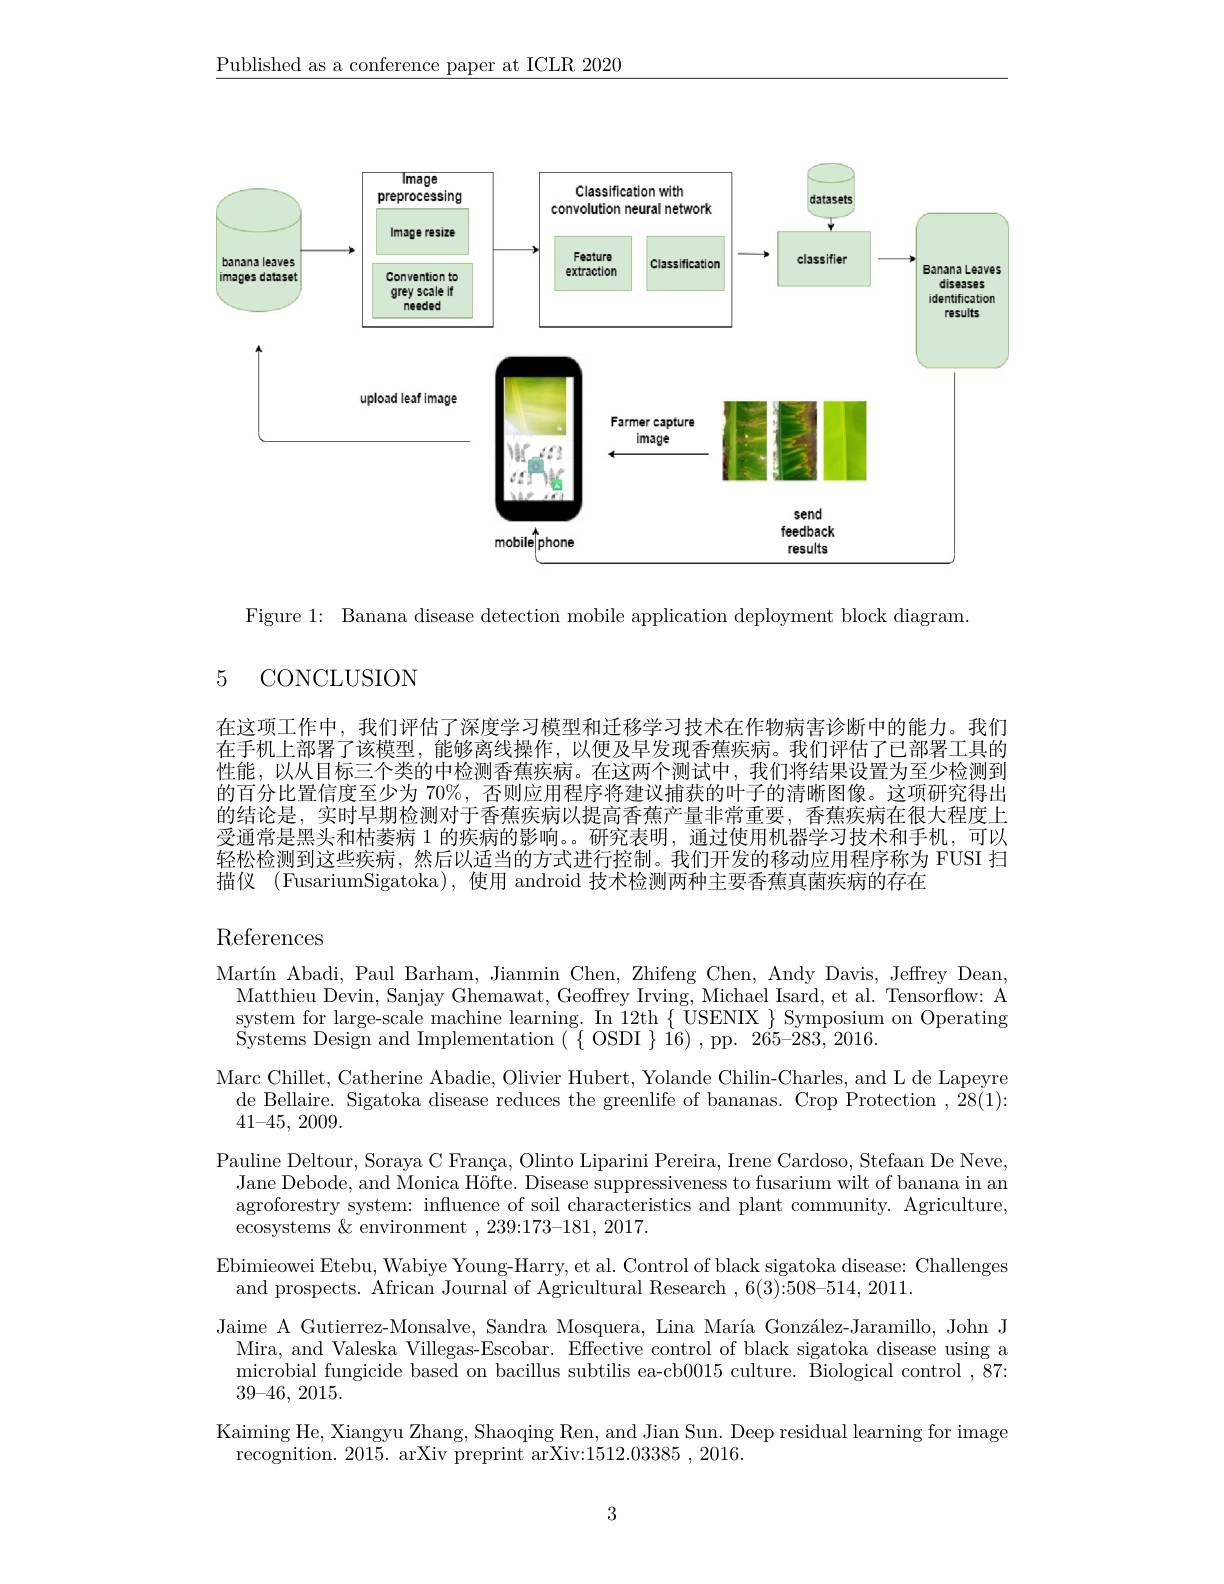
$\underline{\text{Published as a conference paper at ICLR 2020}}$

<FigureHere>

Figure 1: Banana disease detection mobile application deployment block diagram.

### 5 CONCLUSION

在这项工作中，我们评估了深度学习模型和迁移学习技术在作物病害诊断中的能力。我们在手机上部署了该模型，能够离线操作，以便及早发现香蕉疾病。我们评估了已部署工具的性能，以从目标三个类的中检测香蕉疾病。在这两个测试中，我们将结果设置为至少检测到的百分比置信度至少为 70%, 否则应用程序将建议捕获的叶子的清晰图像。这项研究得出的结论是，实时早期检测对于香蕉疾病以提高香蕉产量非常重要，香蕉疾病在很大程度上受通常是黑头和枯萎病 1 的疾病的影响。。研究表明，通过使用机器学习技术和手机，可以轻松检测到这些疾病，然后以适当的方式进行控制。我们开发的移动应用程序称为 FUSI 扫描仪 (FusariumSigatoka),使用 android 技术检测两种主要香蕉真菌疾病的存在

References

Martín Abadi, Paul Barham, Jianmin Chen, Zhifeng Chen, Andy Davis, Jeffrey Dean,
Matthieu Devin, Sanjay Ghemawat, Geoffrey Irving, Michael Isard, et al. Tensorflow: A system for large-scale machine learning. In 12th $\{$ USENIX $\}$ Symposium on Operating ${\mathrm{Systems~Design~and~Implementation~(~\{~OSDI~\}~i6)~,~pp.~265-283,~2016.}}$
Marc Chillet, Catherine Abadie, Olivier Hubert, Yolande Chilin-Charles, and L de Lapeyre
de Bellaire. Sigatoka disease reduces the greenlife of bananas. Crop Protection ,28(1):
41-45, 2009.
Pauline Deltour, Soraya C França, Olinto Liparini Pereira, Irene Cardoso, Stefaan De Neve,
Jane Debode, and Monica Höfte. Disease suppressiveness to fusarium wilt of banana in an agroforestry system: influence of soil characteristics and plant community. Agriculture, ecosystems & environment , 239:173-181, 2017.
Ebimieowei Etebu, Wabiye Young-Harry, et al. Control of black sigatoka disease: Challenges
and prospects. African Journal of Agricultural Research ,6(3):508-514,2011.
Jaime A Gutierrez-Monsalve, Sandra Mosquera, Lina María González-Jaramillo, John J Mira, and Valeska Villegas-Escobar. Effective control of black sigatoka disease using a microbial fungicide based on bacillus subtilis ea-cb0015 culture. Biological control ,87{:} $39– 46$, 2015.
Kaiming He, Xiangyu Zhang, Shaoqing Ren, and Jian Sun. Deep residual learning for image
recognition. 2015. arXiv preprint arXiv:1512.03385,2016.

3